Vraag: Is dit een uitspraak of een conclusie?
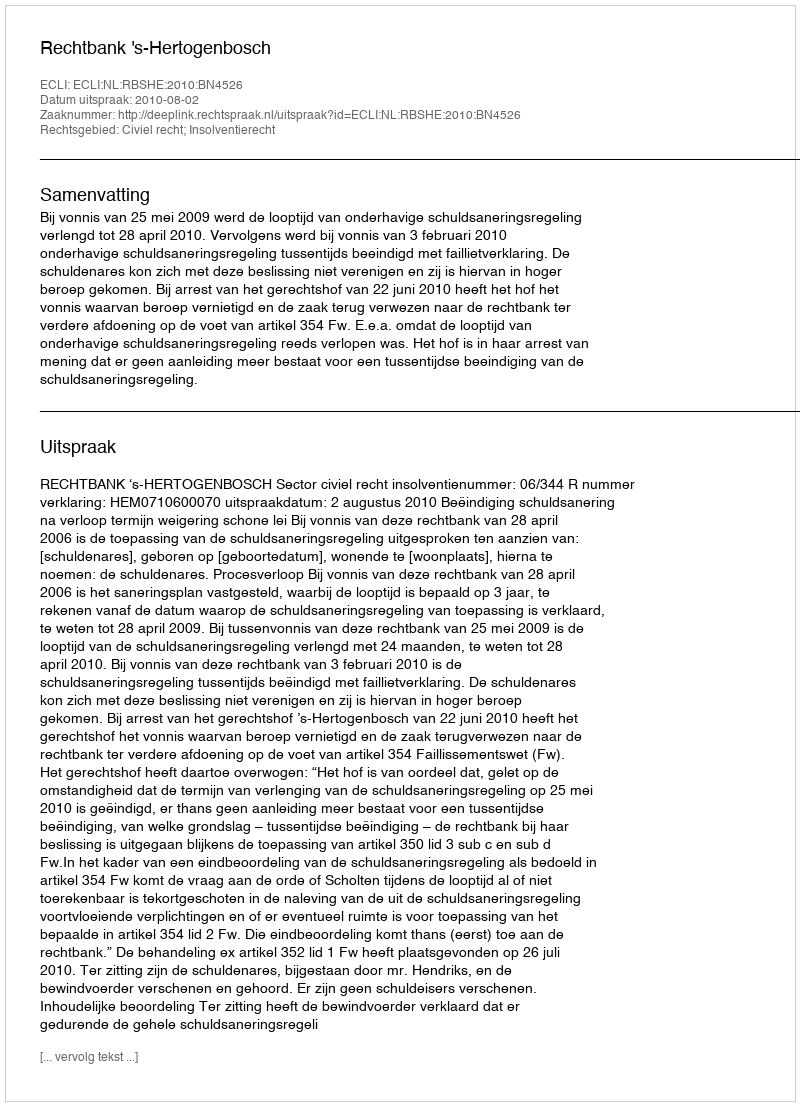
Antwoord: Uitspraak